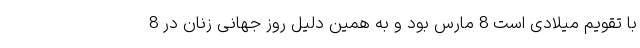
با تقویم میلادی است 8 مارس بود و به همین دلیل روز جهانی زنان در 8